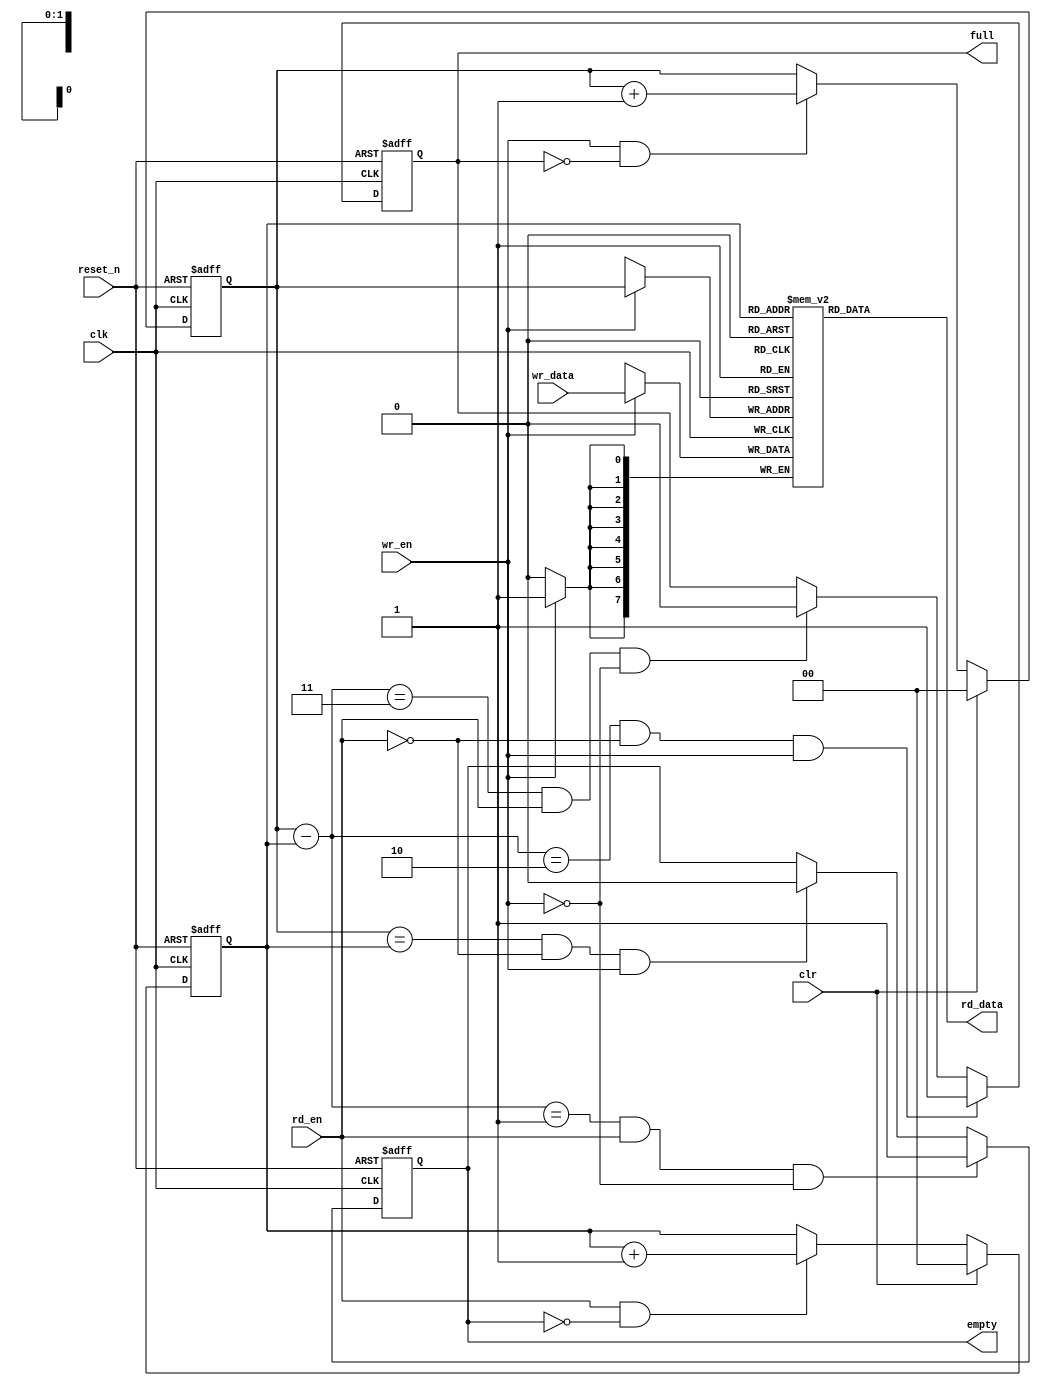
/////////////////////////////////////////////////////////////////////
////                                                             
////  SYNC FIFO
////
/////////////////////////////////////////////////////////////////////   

module sync_fifo (clk,
	          reset_n,
		  clr,
		  wr_en,
		  wr_data,
		  full,
		  empty,
		  rd_en,
		  rd_data);

   parameter W = 8;
   parameter D = 4;

   parameter AW = (D == 4)   ? 2 :
		  (D == 8)   ? 3 :
		  (D == 16)  ? 4 :
		  (D == 32)  ? 5 :
		  (D == 64)  ? 6 :
		  (D == 128) ? 7 :
		  (D == 256) ? 8 : 0;
   
   output [W-1 : 0]  rd_data;
   input [W-1 : 0]   wr_data;
   input 	     clk, reset_n, clr,wr_en, rd_en;
   output 	     full, empty;

   // synopsys translate_off

   initial begin
      if (AW == 0) begin
	 $display ("%m : ERROR!!! Fifo depth %d not in range 4 to 256", D);
      end // if (AW == 0)
   end // initial begin

   // synopsys translate_on


   reg [W-1 : 0]    mem[D-1 : 0];
   reg [AW-1 : 0]   rd_ptr, wr_ptr;
   reg	 	    full, empty;


   wire [W-1 : 0]   rd_data;
   
   always @ (posedge clk or negedge reset_n) 
      if (reset_n == 1'b0) begin
         wr_ptr <= {AW{1'b0}} ;
      end
      else begin
	 if(clr)   wr_ptr <= {AW{1'b0}} ;
	 else begin
	    if (wr_en & !full) begin
               wr_ptr <= wr_ptr + 1'b1 ;
            end
         end
      end

   always @ (posedge clk or negedge reset_n) 
      if (reset_n == 1'b0) begin
         rd_ptr <= {AW{1'b0}} ;
      end
      else begin
	 if(clr)   rd_ptr <= {AW{1'b0}} ;
	 else begin
	    if (rd_en & !empty) begin
               rd_ptr <= rd_ptr + 1'b1 ;
            end
	 end
      end


   always @ (posedge clk or negedge reset_n) 
      if (reset_n == 1'b0) begin
         empty <= 1'b1 ;
      end
      else begin
         empty <= (((wr_ptr - rd_ptr) == {{(AW-1){1'b0}}, 1'b1}) & rd_en & ~wr_en) ? 1'b1 : 
                   ((wr_ptr == rd_ptr) & ~rd_en & wr_en) ? 1'b0 : empty ;
      end

   always @ (posedge clk or negedge reset_n) 
      if (reset_n == 1'b0) begin
         full <= 1'b0 ;
      end
      else begin
         full <= (((wr_ptr - rd_ptr) == {{(AW-1){1'b1}}, 1'b0}) & ~rd_en & wr_en) ? 1'b1 : 
                 (((wr_ptr - rd_ptr) == {AW{1'b1}}) & rd_en & ~wr_en) ? 1'b0 : full ;
      end

   always @ (posedge clk) 
      if (wr_en)
	 mem[wr_ptr] <= wr_data;

assign  rd_data = mem[rd_ptr];


// synopsys translate_off
   always @(posedge clk) begin
      if (wr_en && full) begin
         $display("%m : Error! sfifo overflow!");
      end
   end

   always @(posedge clk) begin
      if (rd_en && empty) begin
         $display("%m : error! sfifo underflow!");
      end
   end

// synopsys translate_on
//---------------------------------------

endmodule